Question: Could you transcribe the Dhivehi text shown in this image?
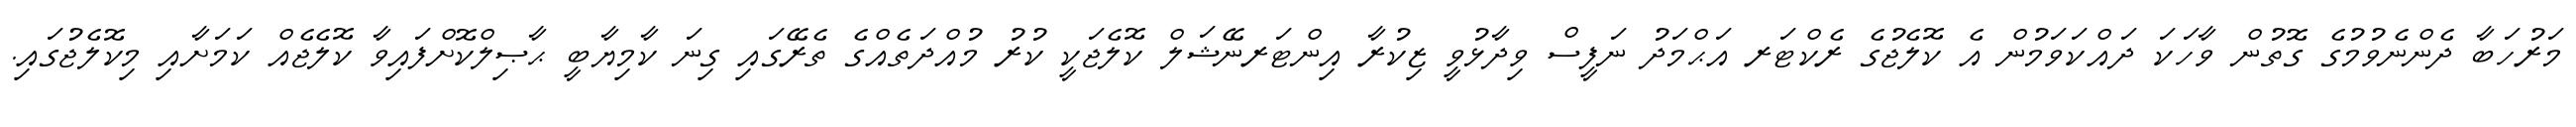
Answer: މަރުހަބާ ދެންނެވުމުގެ ގޮތުން ވާހަކަ ދައްކަވަމުން އެ ކޮލެޖުގެ ރެކްޓަރ އަޙްމަދު ނަފީސް ވިދާޅުވީ ޒިކުރާ އިންޓަރނޭޝަލް ކޮލެޖަކީ ކުރު މުއްދަތެއްގެ ތެރޭގައި ގިނަ ކާމިޔާބީ ޙާޞިލްކޮށްފައިވާ ކޮލެޖެއް ކަމަށާއި މިކޮލެޖުގައި.